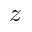
z